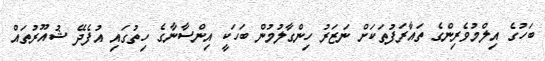
ބަހުގެ އިލްމުވެރިންގެ ތައާރަފުތަކަށް ނަޒަރު ހިންގާލުމުން ބަހަކީ އިންސާނާގެ ހިތުގައި އުފެދޭ ޝުއޫރުތައް